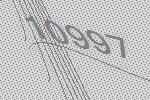
10997